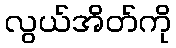
လွယ်အိတ်ကို